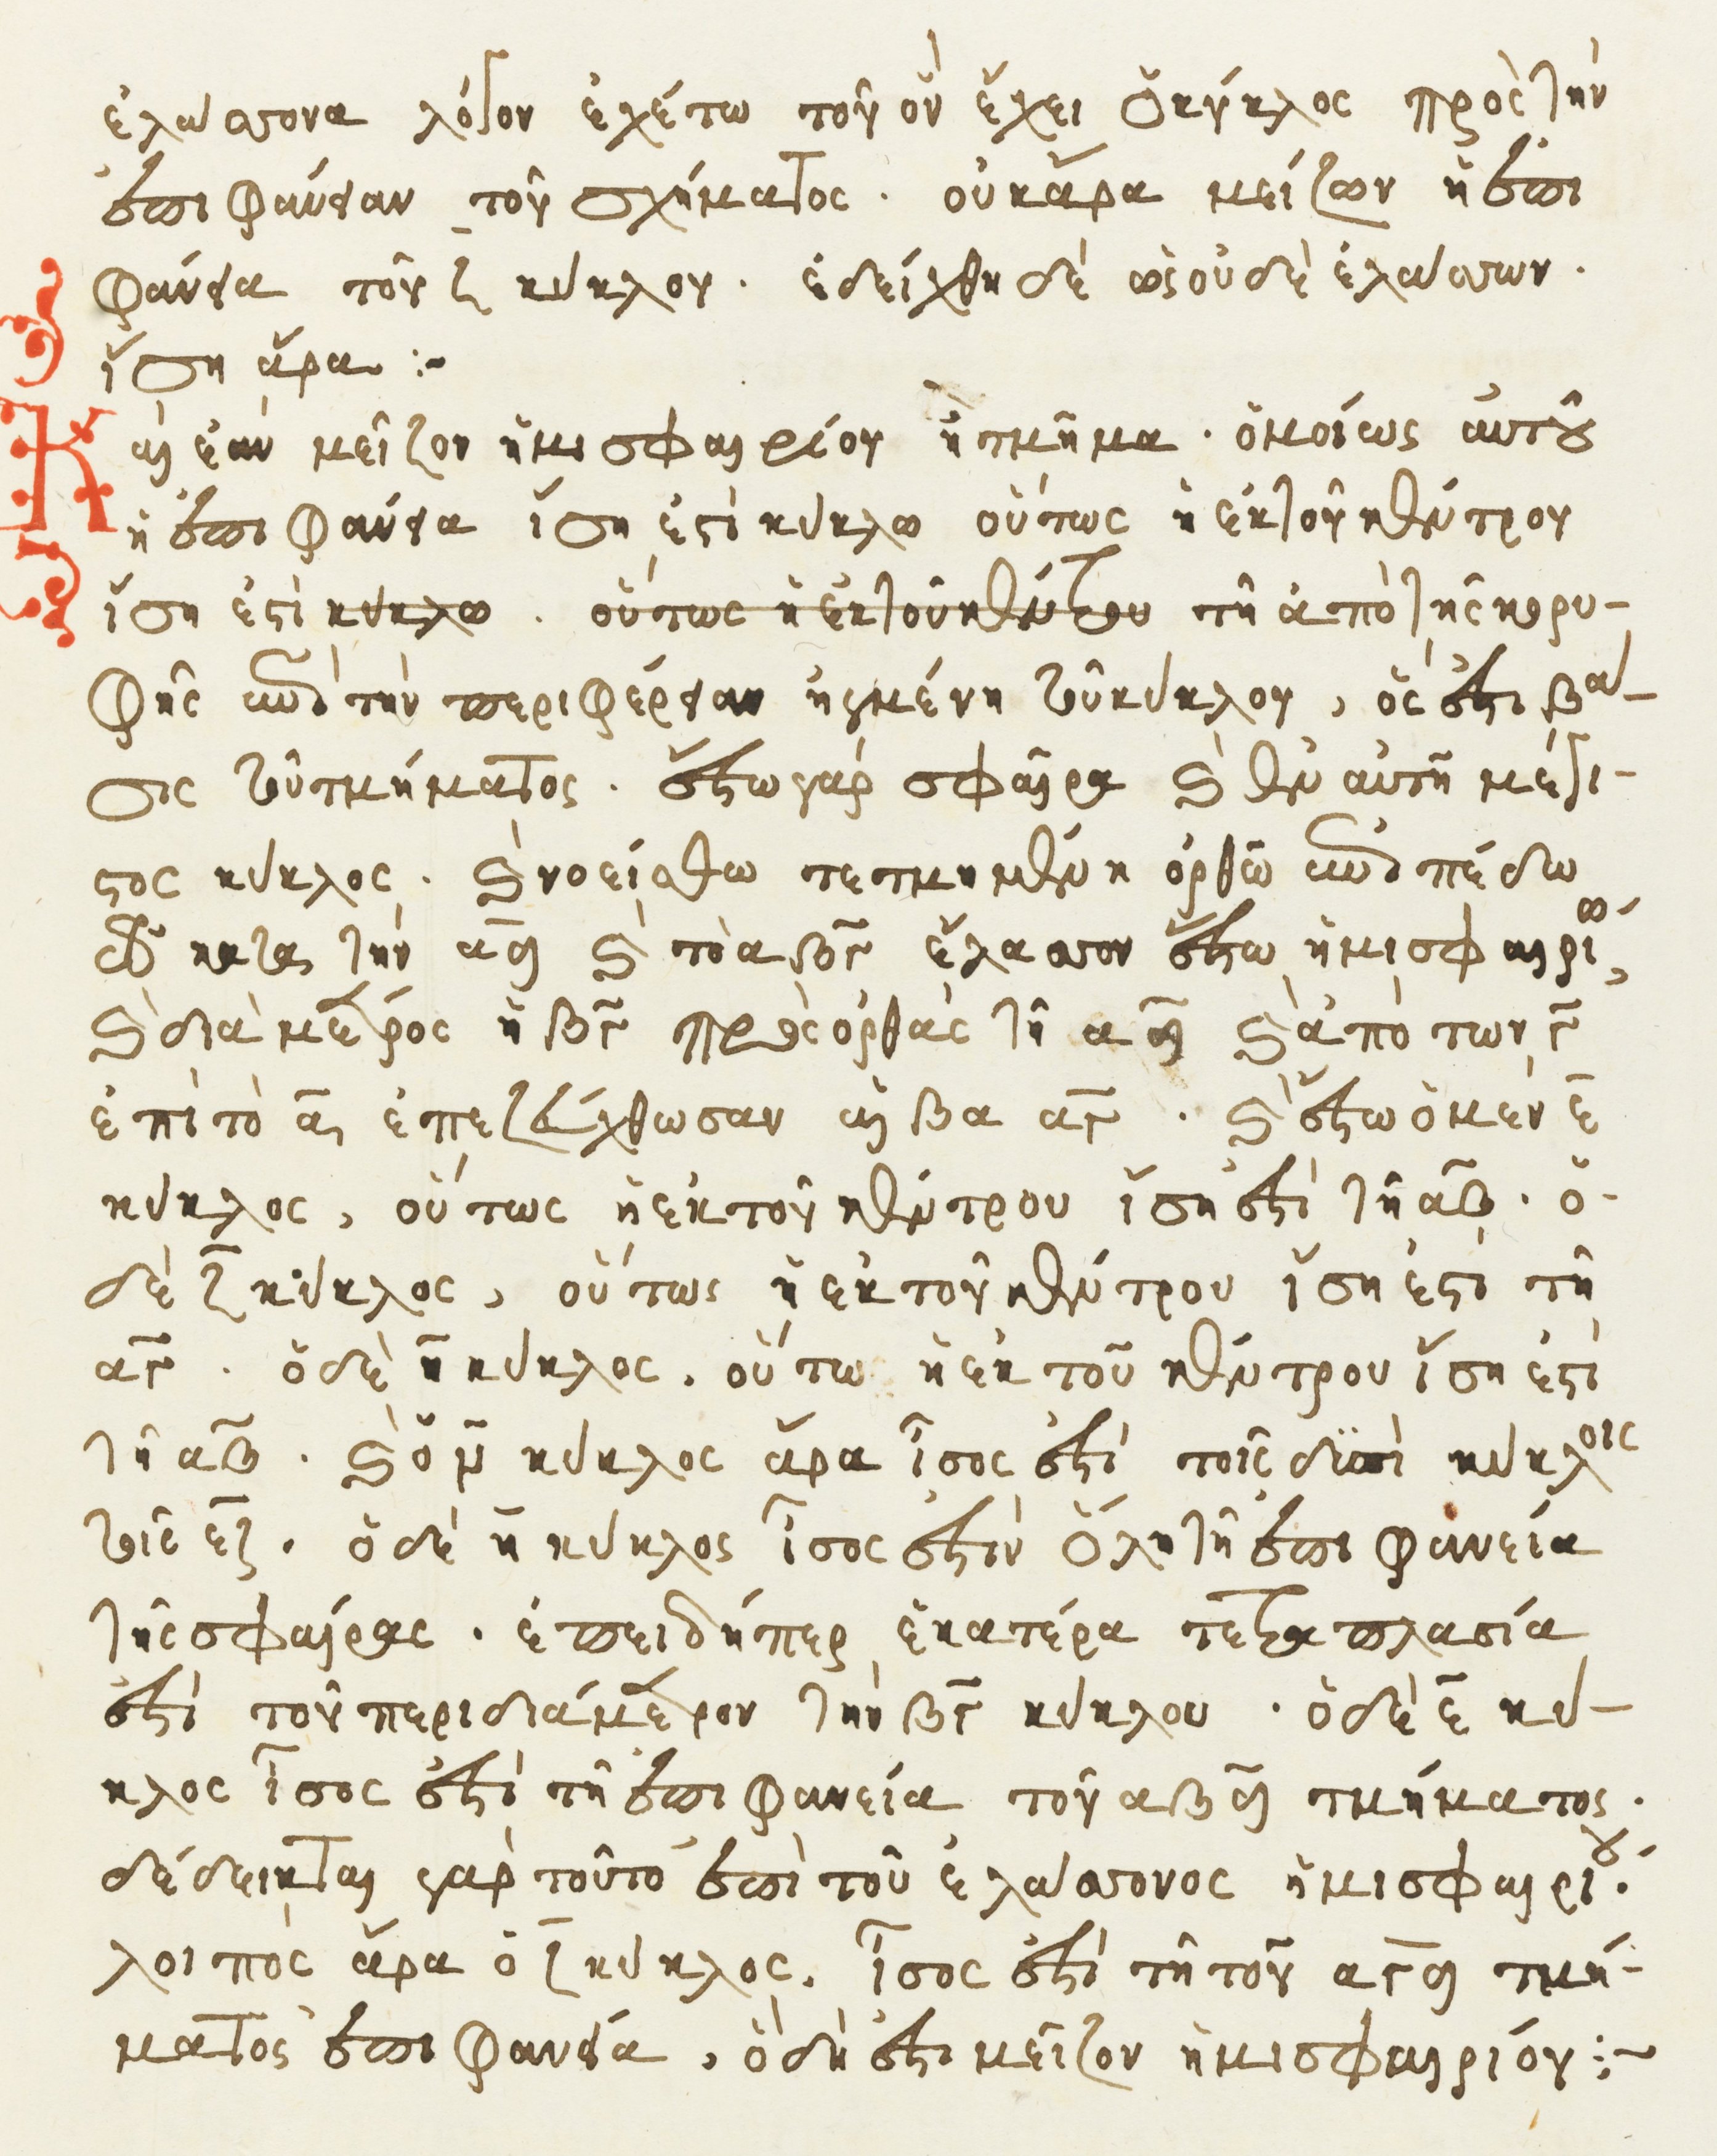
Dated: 1541–1541